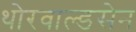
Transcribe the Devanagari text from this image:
थोरवाल्डसेन